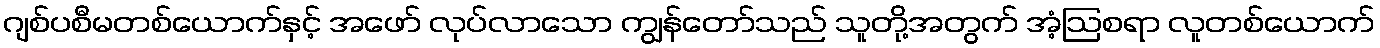
ဂျစ်ပစီမတစ်ယောက်နှင့် အဖော် လုပ်လာသော ကျွန်တော်သည် သူတို့အတွက် အံ့ဩစရာ လူတစ်ယောက်